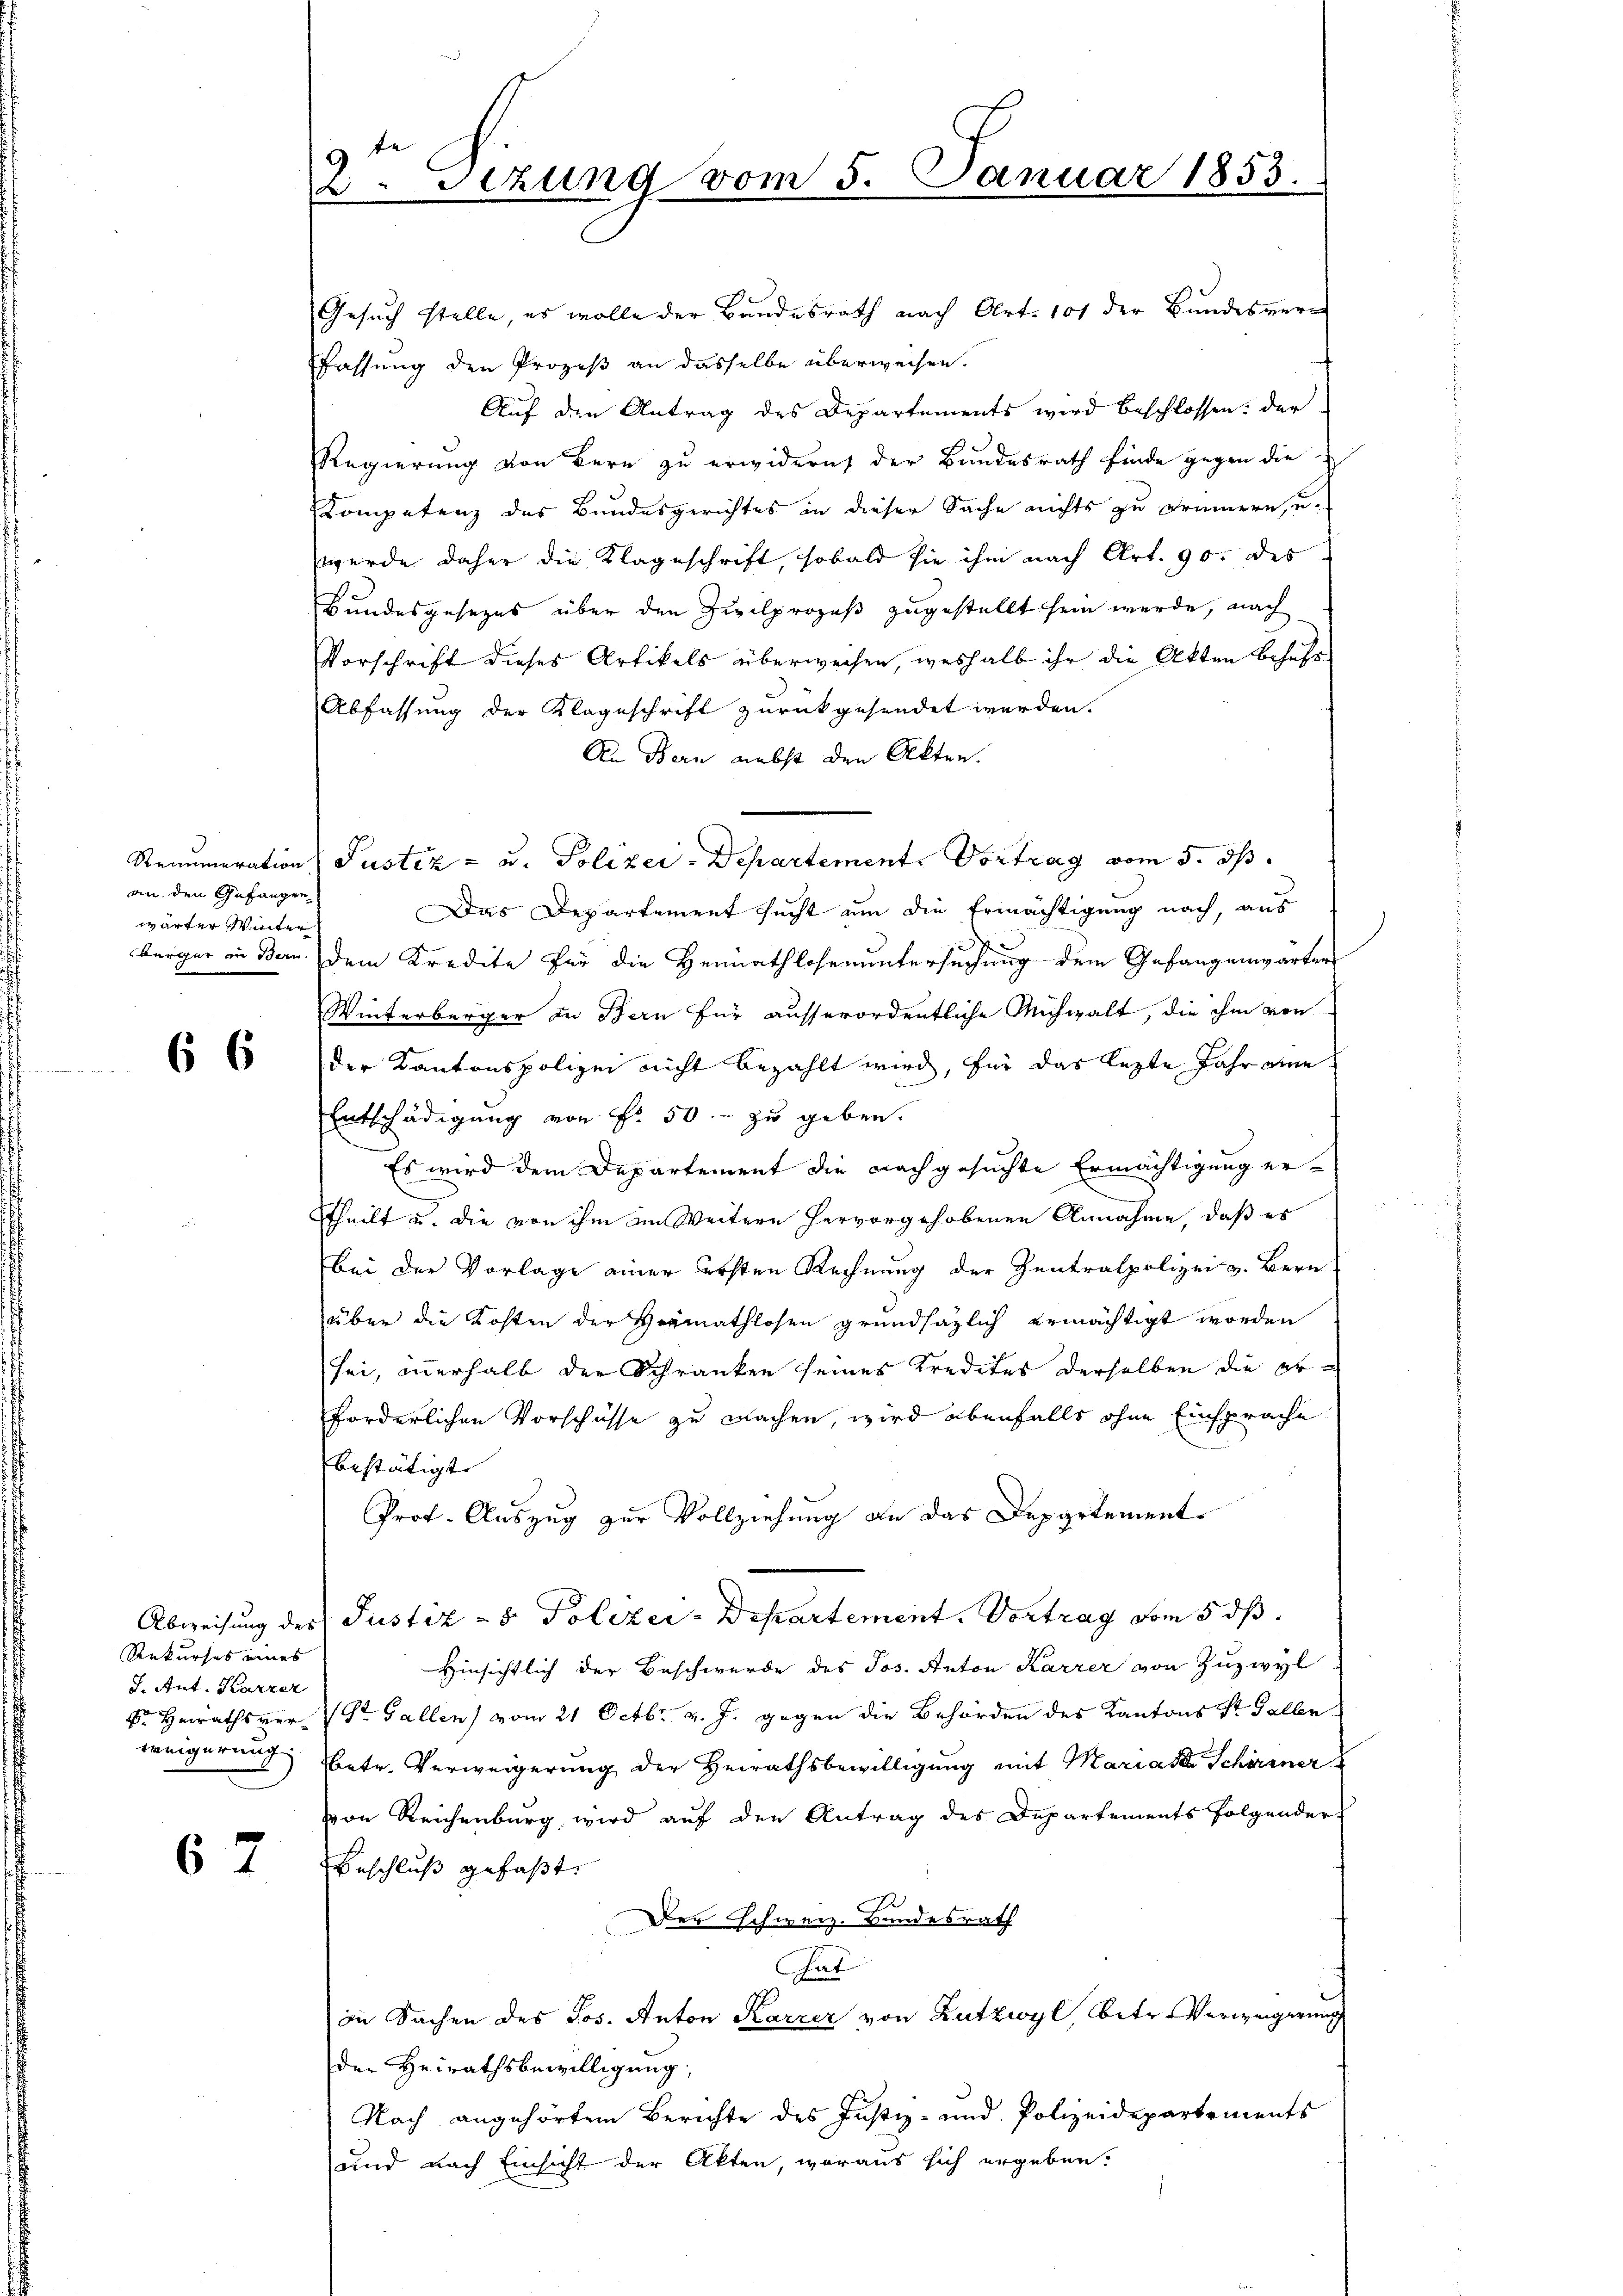
an den Gefangen
wärter Winter

66

Rekurses eines
J. Ant. Karrer

67

2.Sezung vom 5. Januar 1853.

Gesuch stelle, es wolle der Bundesrath nach Art. 101 der Bundesverm
fassung den Prozeß an dasselbe überweisen.
Auf den Antrag des Departements wird beschlossen: der
Regierung von Bern zu erwidern der Bundesrath finde gegen die
Kompetenz des Bundesgerichtes in dieser Sache nichts zu erinnern, u.
werde daher die Klageschrift, sobald sie ihm nach Art. 90. des
Bundesgesezes über den Zivilprozeß zugestellt sein werde, nach
Vorschrift dieses Artikels überweisen, weshalb ihr die Akten behufs
Abfassung der Klageschrift zurückgesendet werden.
An Bern nebst den Akten.
Renumeration Justiz- u. Polizei-Departement. Vortrag vom 5. ds.
Das Departement sucht um die Ermächtigung nach, aus
bürger in Bern dem Kredite für die Heimathlosenuntersuchung dem Gefangenwärter
Winterbürger in Bern für ausserordentliche Michwalt, die ihm von
der Kantonspolizei nicht bezahlt wird, für das lezte Jahr eine
Entschädigung von Fr. 50.- zu geben.
Es wird dem Departement die nachgesuchte Ermächtigung erttheilt u. die von ihm im Weitern hervorgehobenen Annahme, daß es
Bei der Vorlage einer ersten Rechnung der Zentralpolizei v. Bern
über die Kosten der Heimathlosen grundsätzlich ermächtigt worden
sei, innerhalb der Schranken seines Kredites derselben die Erforderlichen Vorschüsse zu machen, wird ebenfalls ohne Einsprache
bestätigt. |
Prof. Auszug zur Vollziehung an das Departement¬
Abweisung des Justiz- & Polizer-Departement. Vortrag vom 5. ds.
Hinsichtlich der Beschwerde des Jos. Anton Karrer von Zuzwyl
Sr. Heirathsver- St. Gallen) vom 21. Octbr. v. J. gegen die Behörden des Kantons St. Galle
weigerung betr. Verweigerung der Heirathsbewilligung mit Marias Schirrner
von Reichenburg, wird auf den Antrag des Departements folgender
Beschluß gefaßt.
Der schweiz. Bundesrath
Gat
in Sachen des Jos. Anton Karrer von Zutzwyl, betr. Verweigerung
der Heirathsbewilligung,
Nach angehörtem Berichte des Justiz- und Polizeidepartements
und nach Einsicht der Akten, woraus sich ergeben: